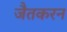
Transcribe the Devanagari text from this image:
जैतकरन